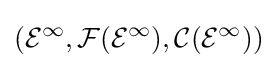
({\mathcal {E}}^{\infty },{\mathcal {F}}({\mathcal {E}}^{\infty }),{\mathcal {C}}({\mathcal {E}}^{\infty }))